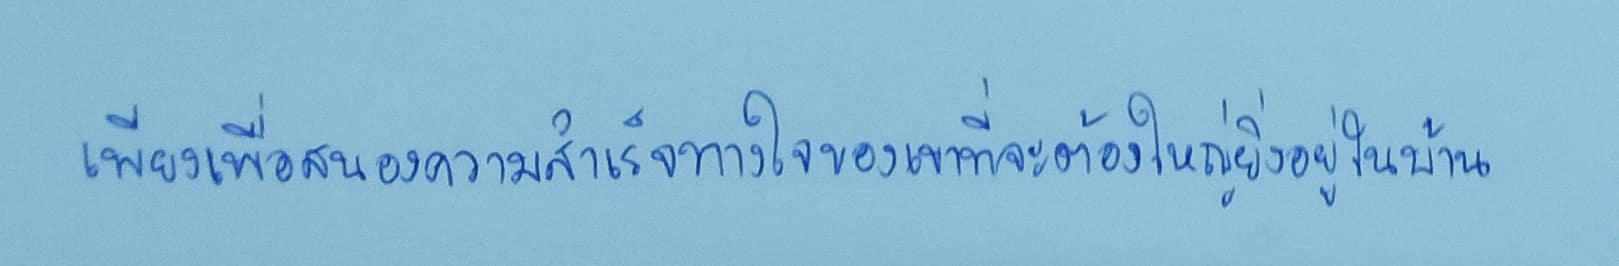
เพียงเพื่อสนองความสำเร็จทางใจของเขาที่จะต้องใหญ่ยิ่งอยู่ในบ้าน